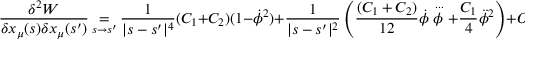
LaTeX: \frac { \delta ^ { 2 } W } { \delta x _ { \mu } ( s ) \delta x _ { \mu } ( s ^ { \prime } ) } \mathop { = } _ { s \to s ^ { \prime } } \frac { 1 } { | s - s ^ { \prime } | ^ { 4 } } ( C _ { 1 } + C _ { 2 } ) ( 1 - \dot { \phi } ^ { 2 } ) + \frac { 1 } { | s - s ^ { \prime } | ^ { 2 } } \left( \frac { ( C _ { 1 } + C _ { 2 } ) } { 1 2 } \dot { \phi } \stackrel { { \, . . . } } { \phi } + \frac { C _ { 1 } } { 4 } \ddot { \phi } ^ { 2 } \right) + O ( \phi ^ { 4 } ) \; .